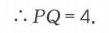
$\therefore PQ = 4.$